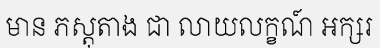
មាន ភស្តុតាង ជា លាយលក្ខណ៍ អក្សរ